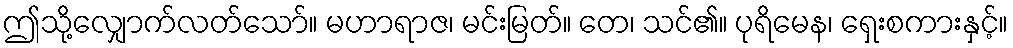
ဤသို့လျှောက်လတ်သော်။ မဟာရာဇ၊ မင်းမြတ်။ တေ၊ သင်၏။ ပုရိမေန၊ ရှေးစကားနှင့်။